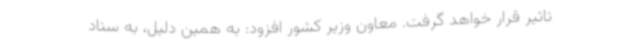
تاثیر قرار خواهد گرفت. معاون وزیر کشور افزود: به همین دلیل، به ستاد